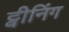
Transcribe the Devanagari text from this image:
ट्वीनिंग